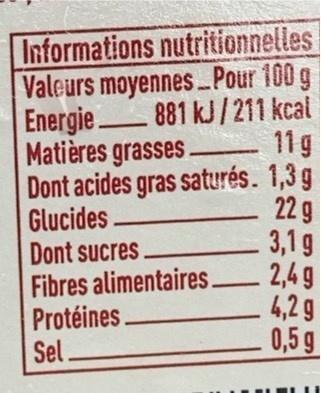
Informations nutritionnelles Valeurs moyennes.Pour 100 g Energie 881 kJ/ 211 kcal
11g
Matières grasses. Dont acides gras saturés. 1,3 g
Glucides.
22 g
Dont sucres
3,1 g
Fibres alimentaires
2,4 g
Protéines
4,2 g
Sel
0,5 g